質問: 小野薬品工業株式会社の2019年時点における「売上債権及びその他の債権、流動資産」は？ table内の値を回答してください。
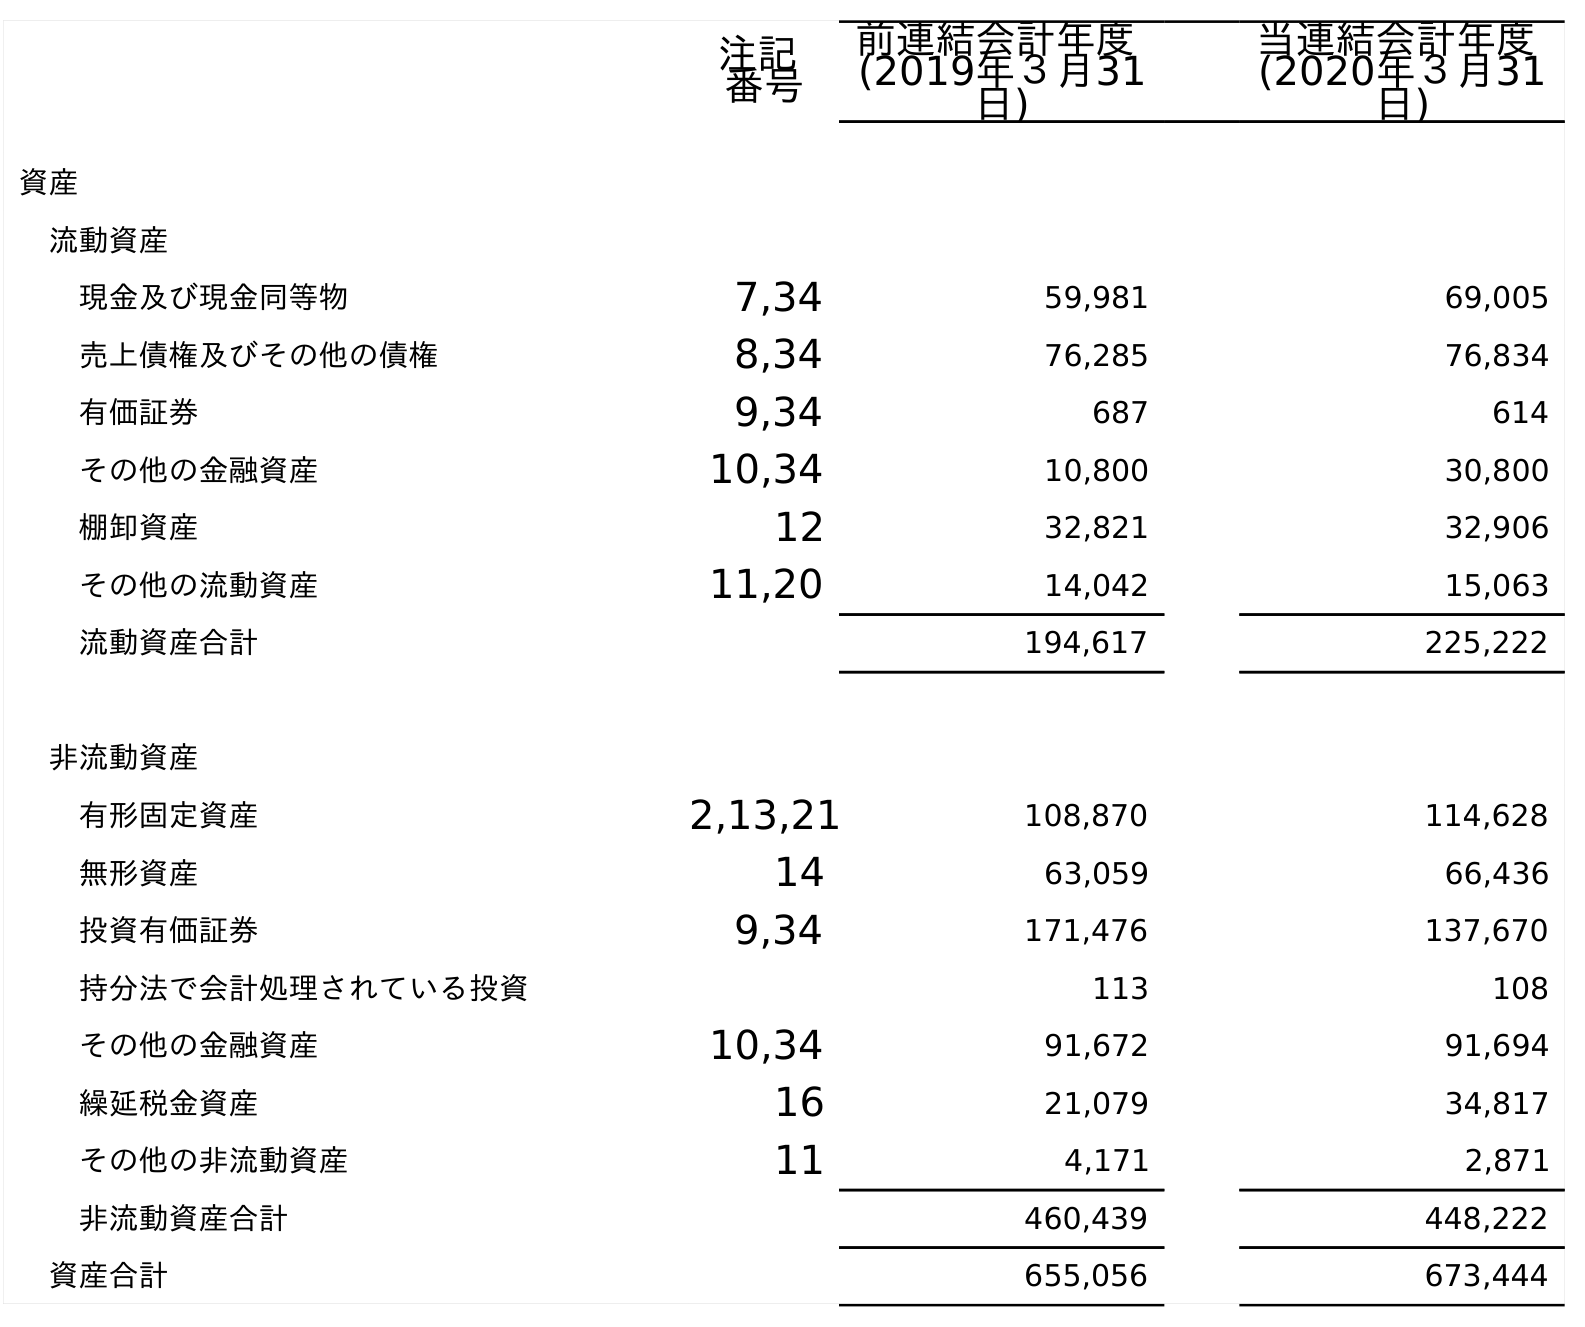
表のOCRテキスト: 注記 番号 前連結会計年度 (2019年３月31 日) 当連結会計年度 (2020年３月31 日) 資産 流動資産 現金及び現金同等物 7,34 59,981 69,005 売上債権及びその他の債権 8,34 76,285 76,834 有価証券 9,34 687 614 その他の金融資産 10,34 10,800 30,800 棚卸資産 12 32,821 32,906 その他の流動資産 11,20 14,042 15,063 流動資産合計 194,617 225,222 非流動資産 有形固定資産 2,13,21 108,870 114,628 無形資産 14 63,059 66,436 投資有価証券 9,34 171,476 137,670 持分法で会計処理されている投資 113 108 その他の金融資産 10,34 91,672 91,694 繰延税金資産 16 21,079 34,817 その他の非流動資産 11 4,171 2,871 非流動資産合計 460,439 448,222 資産合計 655,056 673,444
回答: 76,285